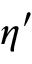
\eta ^ { \prime }